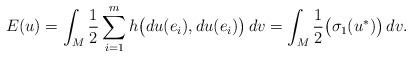
LaTeX: \begin{align*}E(u)=\int_ M \frac 12 \sum_{i=1}^m h\big (du (e_i), du(e_i)\big ) \, dv = \int _M {\frac 12} {\big (\sigma _1(u^{\ast})\big )}\, dv. \end{align*}